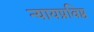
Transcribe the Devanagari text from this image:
न्यायप्रविष्ठ